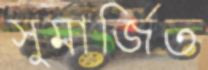
সুমার্জিত